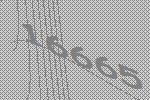
16665